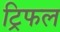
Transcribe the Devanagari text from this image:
ट्रिफल